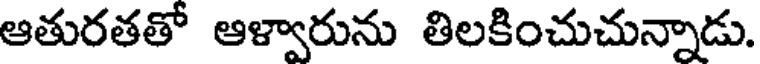
ఆతురతతో ఆళ్వారును తిలకించుచున్నాడు.